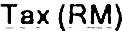
TAX (RM)